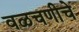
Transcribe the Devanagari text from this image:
वळचणीचे